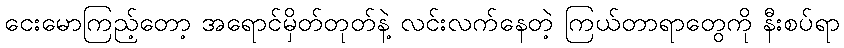
ငေးမောကြည့်တော့ အရောင်မှိတ်တုတ်နဲ့ လင်းလက်နေတဲ့ ကြယ်တာရာတွေကို နီးစပ်ရာ